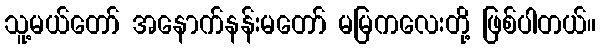
သူ့မယ်တော် အနောက်နန်းမတော် မမြကလေးတို့ ဖြစ်ပါတယ်။